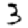
Digit: 3